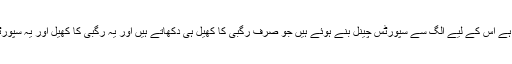
امریکہ جیسے ملک میں جہاں رگبی ایک نہایت مقبول ترین کھیل ہے اس کے لیے الگ سے سپورٹس چینل بنے ہوئے ہیں جو صرف رگبی کا کھیل ہی دکھاتے ہیں اور یہ رگبی کا کھیل اور یہ سپورٹس چینل ملک کی معشیت میں ملین آف ڈالرز کا اصافہ کرتے ہیں۔